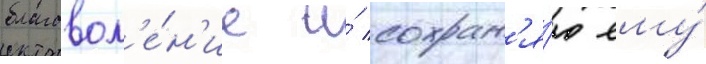
благовол'е́н'ие и́ сохран'я́ю ему́